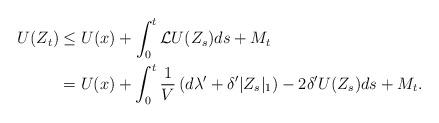
LaTeX: \begin{align*} U(Z_t) &\le U(x) + \int_0^t {\cal L}U(Z_s)ds + M_t\\ &= U(x) + \int_0^t \frac{1}{V} \left(d\lambda' +\delta'|Z_s|_1\right) - 2\delta' U(Z_s)ds +M_t. \end{align*}